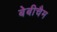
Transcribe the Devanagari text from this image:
बेबीचैम